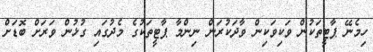
ހިމެނޭ ޕާޓީތަކުން ވަކިވަކިން ވާދަކުރަން ނިންމާ ޕާޓީތަކުގެ މެދުގައި ގުޅުން ވަރަށް ބޮޑަށް